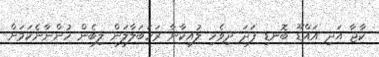
ކާޖާ އަދި އައްޑޫ ބޮނޑި ފަދަ ދިވެހި ލުއިކާނާ ރަހަބަލާލަން ލިބެން ހުންނާނެކަމަށް